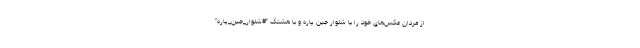
از مردان عکس‌های خود را با شلوار جین پاره و با هشتگ "#شلوار_جین_پاره"